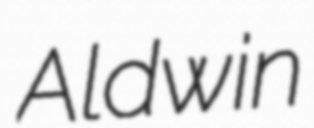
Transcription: Aldwin